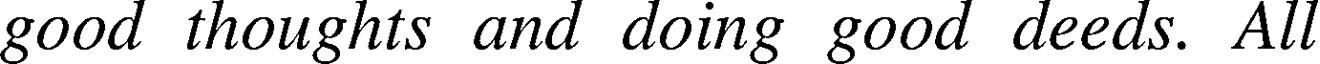
good thoughts and doing good deeds. All